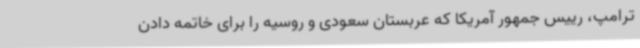
ترامپ، رییس جمهور آمریکا که عربستان سعودی و روسیه را برای خاتمه دادن